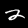
Label: 2